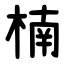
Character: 楠